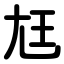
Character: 尪